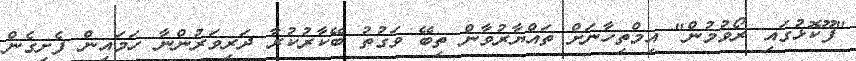
"ފޫކޮޅުގައި ރޯވުމުން" އިމްތިހާނަށް ތައްޔާރުވާން ތިބޭ ވަގުތު ބޭކާރުކުރާ ދަރިވަރުންނާ ހަމައިން ފެށިގެން